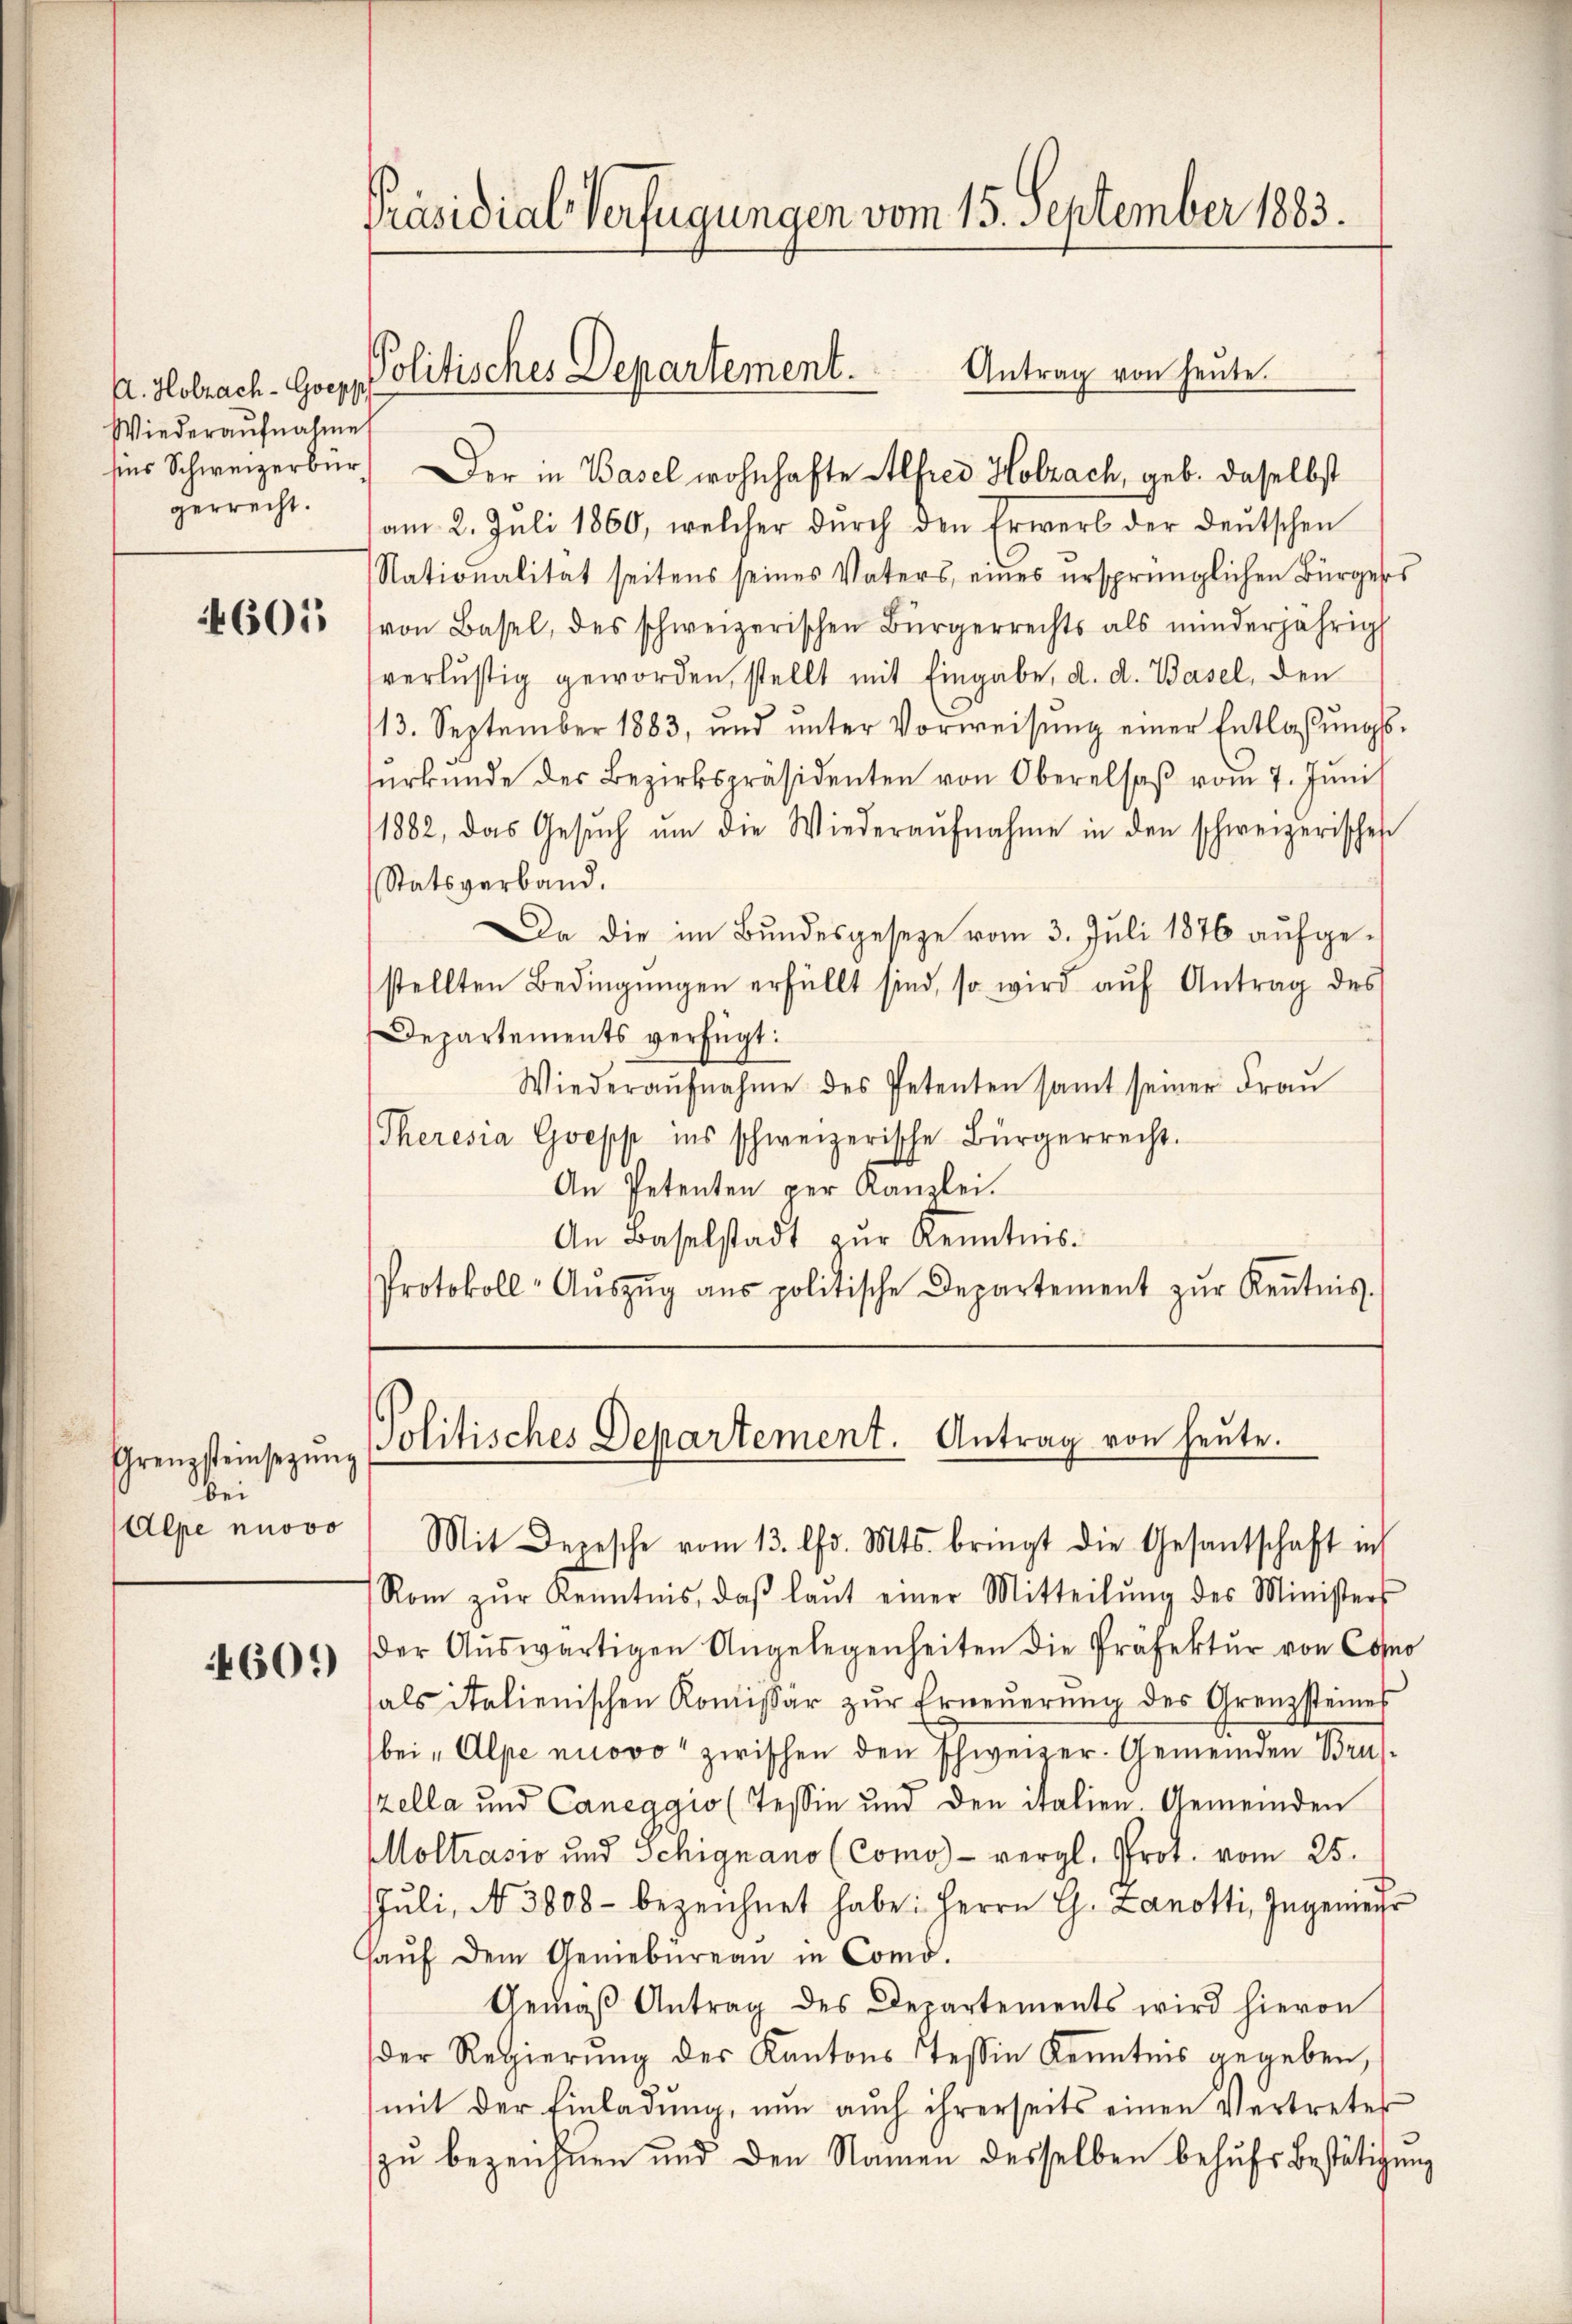
A. Holzach - Goepp
Wiederaŭfnahme
gerrecht.

601

Grenzsteinsezung
bei
Alpe nuovo

4609

Präsidial-Verfügungen vom 15. September 1883.

lins Schweizerbar. Der in Basel wohnhafte Alfred Holzach, geb. daselbst
am 2. Jŭli 1860, welcher dŭrch den Erwerb der deŭtschen
Nationalität seitens seines Vaters, eines ursprünglichen Bürgers
von Basel, des schweizerischen Bürgerrechts als minderjährig
verlustig geworden, stellt mit Eingabe, d. d. Basel, den
113. September 1883, und ŭnter Vorweisŭng einer Entlaßungssŭrkŭnde des Bezirkspräsidenten von Oberalsaβ vom 7. Juni
1882, das Gesŭch ŭm die Wiederaŭfnahme in den schweizerischen
Statsverband.
Da die im Bundesgesetze vom 3. Juli 1876 aufgestellten Bedingŭngen erfüllt sind, so wird aŭf Antrag des
Departements verfügt:
Wiederaŭfnahme des Petenten samt seiner Frau
Theresia Goepp ins schweizerische Bürgerrecht.
An Petenten per Kanzlei.
An Baselstadt zur Kenntnis¬
Protokoll-Aŭszŭg ans politische Departement zŭr Keṅtnis-

Politisches Departement.

Antrag von heŭte.

Politisches Departement. Antrag von heute.

Mit Depesche vom 13. Chr. Mts. bringt die Gesantschaft in
Rom zŭr Kenntnis, daβ laŭt einer Mitteilŭng des Minister
der Aŭswärtigen Angelegenheiten die Präfektur von Como
als italienischen Komissär zŭr Erneŭerŭng des Grenzsteines
bei „Alpe nuovo zwischen den Schweizer-Gemeinden Brusszella und Caneggio (Tessin und den italien Gemeinden
Moltrasio und Schignano (Como)- vergl. Prot. vom 25.
Jŭli, N. 3808 - bezeichnet habe: Herrn G. Zanotti, Ingenie
haŭf dem Geniebüreaŭ in Comd.
Gemäβ Antrag des Departements wird hievon
der Regierŭng des Kantons Tessin Kenntnis gegeben,
mit der Einladŭng, nŭn aŭch ihrerseits einen Vertretes
zu bezeichnen und den Namen desselben behufs Bestätigung